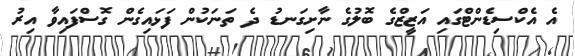
އެ އެކްސިޑެންޓްގައި އަޒީޒްގެ ބޮލުގެ ނާށިގަނޑު ދެ ތަަނަކުން ފަޅައިގެން ގޮސްފައިވާ އިރު